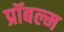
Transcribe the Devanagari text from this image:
प्रॉबल्म